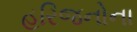
હરિજનોના